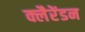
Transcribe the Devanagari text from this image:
क्लैरेंडन